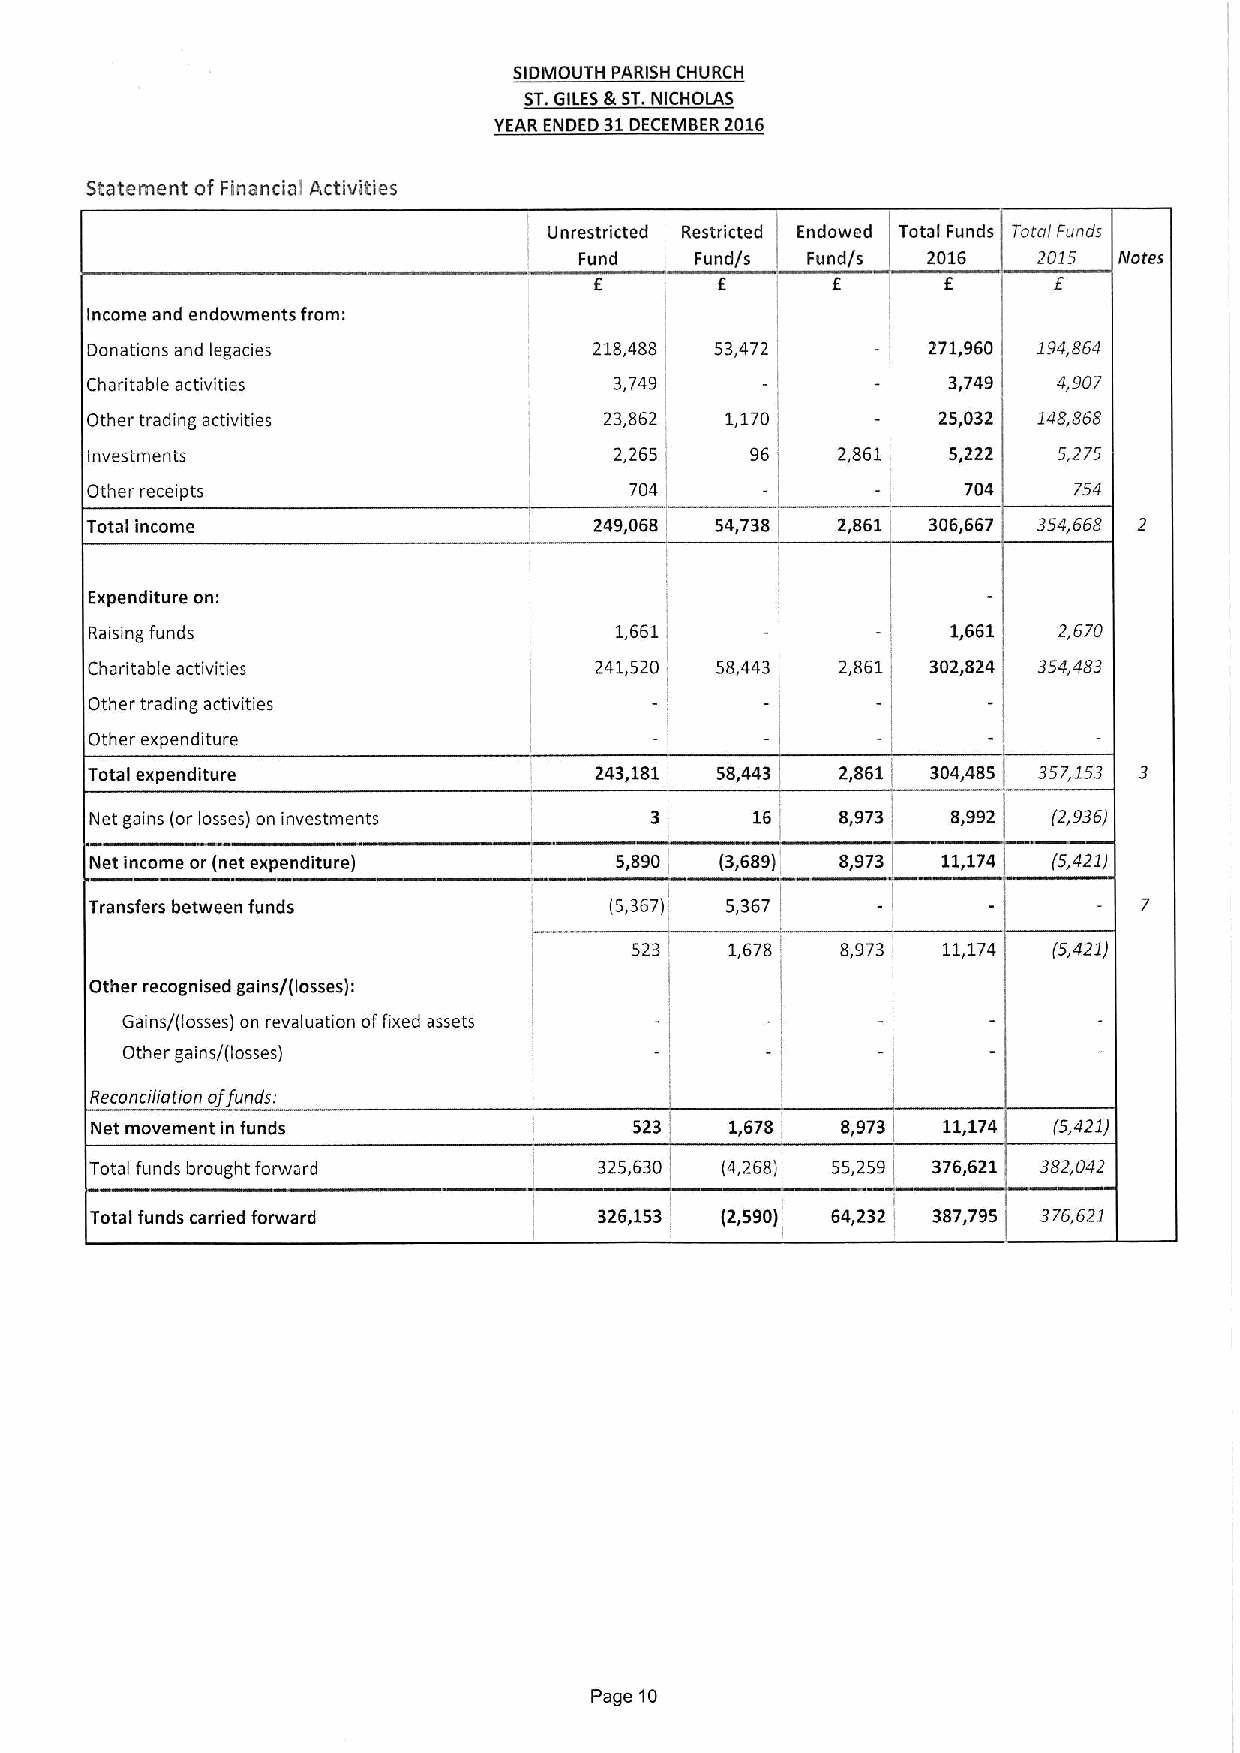
SIDMOUTH PARISH CHURCH
 ST.GILESIEST.NICHOLAS
 YEAR ENDED 31DECEMBER2016
 Statement of Financial Activities
 Unrestricted Restricted Endowed Total Funds Total Funds
 Fund    Fund/s Fund/s  2016    2015 Notes
 Income and endowments from:
 Donations and legacies           218,488 53,472        271,960 194,B64
 Charitab(e activities              3,749                 3,749  4,907
 Other trading activities          23,862  1,170         25,032 148,86B
 Investments                        2,265    96   2,861   5,222  5,275
 Other receipts                      704                   704    754
 Total income                     249,068 54,738  2,861 306,667 354,668 2
 Expenditure on:
 Raising funds                      1,661                 1,661  2,670
 I
 Charitable activities            241,520 58,443   2,861 302,824 354,483
 Other trading activities
 Other expenditure
 Total expenditure                243,181 58,443   2,861 304,485 357,153 3
 Net gains (or losses) on investments        16    8,973  8,992  (2,936)
 Net income or (net expenditure)    5,890  (3,689) 8,973 11,174  (5,421)
 I
 Transfers between funds           (5,367) 5,367
 1,678   8,973 11,174  (5,421)
 Other recognised gains/(losses):
 Gains/(losses) on revaluation offixed assets
 Other gains/(losses)
 Reconciliation offunds.
 Net movement in funds               523   1,678   8,973 11,174  (5,421)
 Total funds brought forward       325,630 (4,268) 55,259 376,621 382,042
 Total funds carried forward       326,153 (2,590) 64,232 ' 387,795 376,621
 Page 10